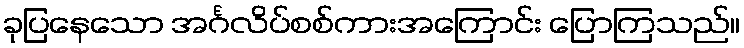
ခုပြနေသော အင်္ဂလိပ်စစ်ကားအကြောင်း ပြောကြသည်။